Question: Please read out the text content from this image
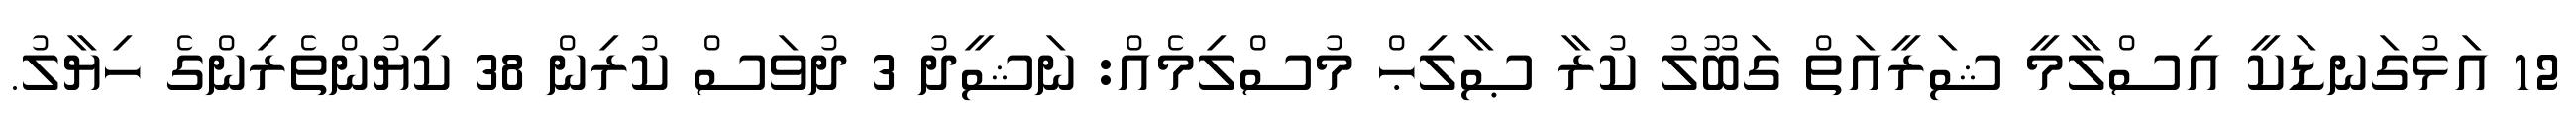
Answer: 12 އަޅުގަނޑަކީ އިސްލާމީ ޝަރީއަތް ގަބޫލު ކުރާ ޞާލިޙް މުސްލިމެއް: ނަޝީދު 3 ދުވަސް ކުރިން 38 ކިޔުންތެރިންގެ ހިޔާލު.